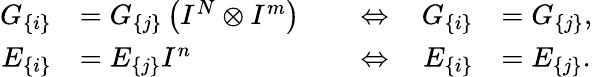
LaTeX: \begin{array}{rlrlrl}{G_{\{ i\} }}&{=G_{\{ j\} }\left(I^{N}\otimes I^{m}\right)}&{\, }&{\Leftrightarrow\, }&{G_{\{ i\} }}&{=G_{\{ j\} },}\\ {E_{\{ i\} }}&{=E_{\{ j\} }I^{n}}&{\, }&{\Leftrightarrow\, }&{E_{\{ i\} }}&{=E_{\{ j\} }.}\end{array}